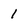
Character: 1